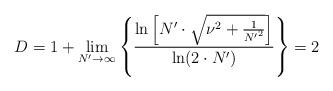
LaTeX: \begin{align*}D= 1+\underset{N' \rightarrow \infty }{\lim } \left \{ \frac{ \ln \left[N'\cdot \sqrt{\nu ^{2}+\frac{1}{{N'}^2}} \right] }{ \ln (2 \cdot N')} \right \} = 2\end{align*}